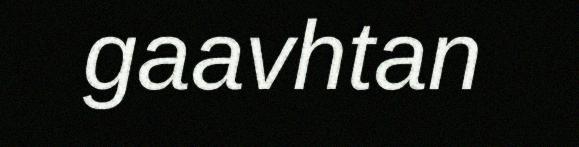
gaavhtan